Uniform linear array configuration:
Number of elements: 64
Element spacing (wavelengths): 0.25
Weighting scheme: exponential
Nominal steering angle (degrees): -30
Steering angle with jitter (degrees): -28.381
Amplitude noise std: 0.05
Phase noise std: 0.05

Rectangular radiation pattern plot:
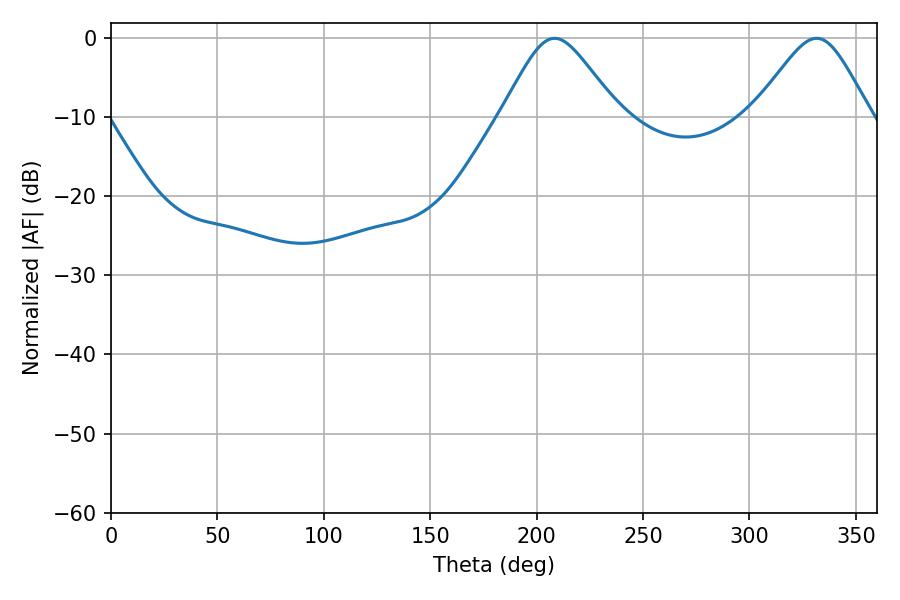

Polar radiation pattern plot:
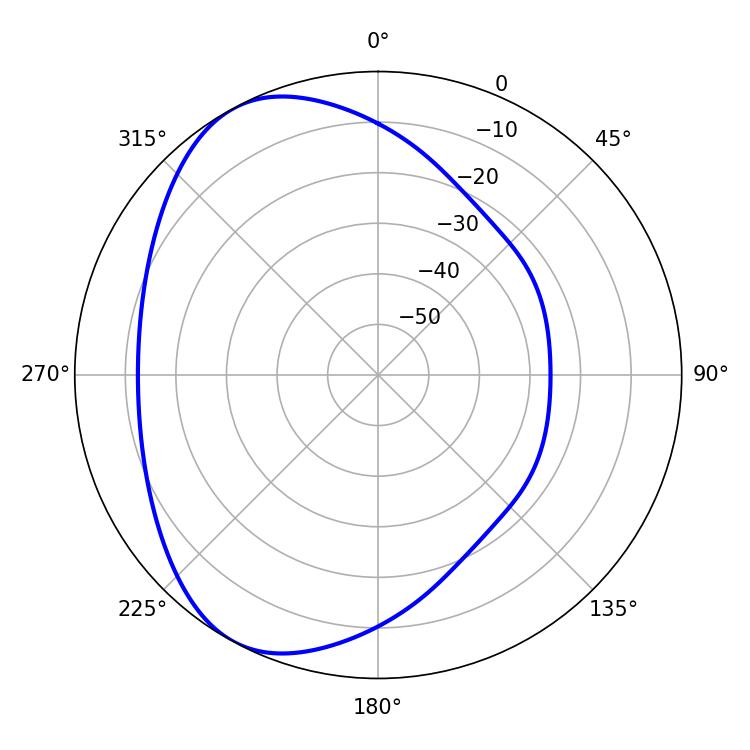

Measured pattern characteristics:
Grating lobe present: FALSE
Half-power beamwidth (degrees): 26.64
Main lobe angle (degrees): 208.44